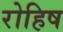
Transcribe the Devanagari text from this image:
रोहिष